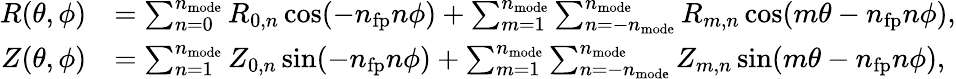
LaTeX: \begin{array}{rl}{R(\theta,\phi)}&{=\sum_{n=0}^{n_{\mathrm{mode}}}R_{0,n}\cos(-n_{\mathrm{fp}}n\phi)+\sum_{m=1}^{n_{\mathrm{mode}}}\sum_{n=-n_{\mathrm{mode}}}^{n_{\mathrm{mode}}}R_{m,n}\cos(m\theta-n_{\mathrm{fp}}n\phi),}\\ {Z(\theta,\phi)}&{=\sum_{n=1}^{n_{\mathrm{mode}}}Z_{0,n}\sin(-n_{\mathrm{fp}}n\phi)+\sum_{m=1}^{n_{\mathrm{mode}}}\sum_{n=-n_{\mathrm{mode}}}^{n_{\mathrm{mode}}}Z_{m,n}\sin(m\theta-n_{\mathrm{fp}}n\phi),}\end{array}